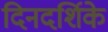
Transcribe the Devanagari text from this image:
दिनदर्शिके